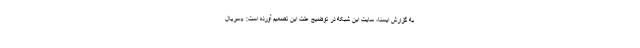
به گزارش ایسنا، سایت این شبکه در توضیح علت این تصمیم آورده است: «سریال